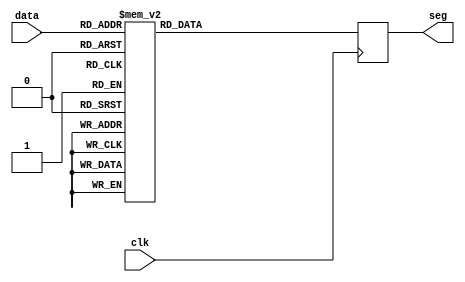
module decoder_7_seg_hex(
  input clk,
  input [3:0] data,
  output reg [6:0] seg
);

always @(posedge clk) begin
 case(data)
  'h0: seg <= 'b1111110;
  'h1: seg <= 'b0000110;
  'h2: seg <= 'b1101101;
  'h3: seg <= 'b1001111;
  'h4: seg <= 'b0010111;
  'h5: seg <= 'b1011011;
  'h6: seg <= 'b1111011;
  'h7: seg <= 'b0001110;
  'h8: seg <= 'b1111111;
  'h9: seg <= 'b1011111;
  'hA: seg <= 'b0111111;
  'hB: seg <= 'b1110011;
  'hC: seg <= 'b1111000;
  'hD: seg <= 'b1100111;
  'hE: seg <= 'b1111001;
  'hF: seg <= 'b0111001;
 endcase
end
endmodule